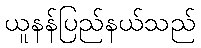
ယူနန်ပြည်နယ်သည်